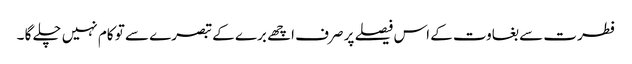
فطرت سے بغاوت کے اس فیصلے پر صرف اچھے برے کے تبصرے سے تو کام نہیں چلے گا ۔